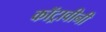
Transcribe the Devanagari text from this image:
कॉट्रावीनी